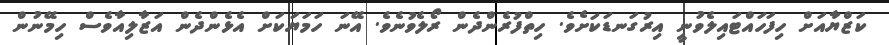
ކަޒްޔާއަށް ހިފަހައްޓައިލެވުނީ އިރުގަނޑަކަށެވެ. ހިތްފުރެންދެން ރޯލެވުނެވެ. އޭނަ ހަމަޔަކަށް އެޅެންދެން އަޒާލިއާވެސް ހިމޭނުން